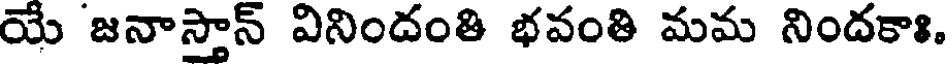
యే జనాస్తాన్ వినిందంతి భవంతి మమ నిందకాః.